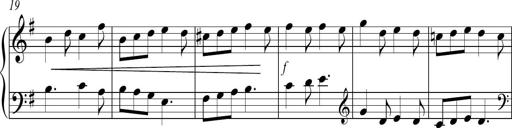
Title: Sonatina no. 2
Composer: Brian Henderson-Sellers
Key: G major